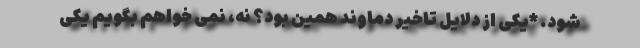
شود. *یکی از دلایل تاخیر دماوند همین بود؟ نه، نمی خواهم بگویم یکی